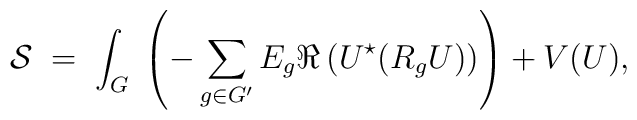
{\cal S} \; = \; \int_G \; \left( - \sum_{g \in G'} E_g \Re\left( U^\star ( R_g U) \right) \right) + V(U),